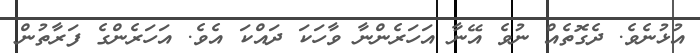
އުޅުނެވެ. ދެގޮތެއް ނުވެ އޭނާ އަހަރެންނާ ވާހަކަ ދައްކަ އެވެ. އަހަރެންގެ ފަރާތުން